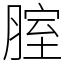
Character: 腟